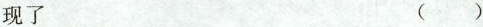
现了 ()